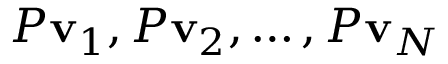
P \mathbf { v } _ { 1 } , P \mathbf { v } _ { 2 } , \ldots , P \mathbf { v } _ { N }